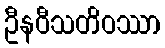
ဦနဝီသတိဝဿာ